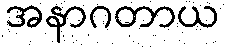
အနာဂတာယ